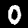
Label: 0